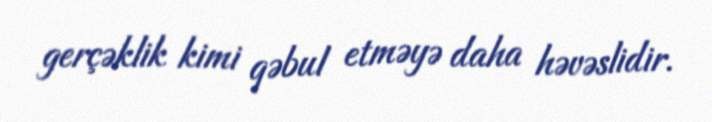
gerçəklik kimi qəbul etməyə daha həvəslidir.